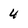
Character: 4